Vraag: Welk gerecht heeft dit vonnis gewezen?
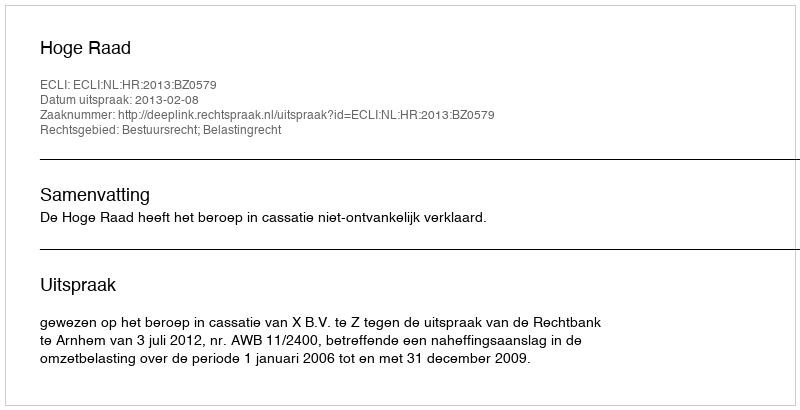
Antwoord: Hoge Raad